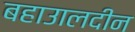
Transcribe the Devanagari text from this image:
बहाउालदीन